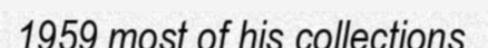
1959 most of his collections